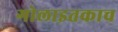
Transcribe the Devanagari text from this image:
गोलाइतकाच